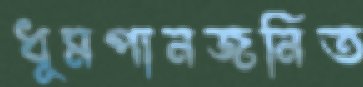
ধূমপানজনিত